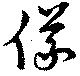
儀